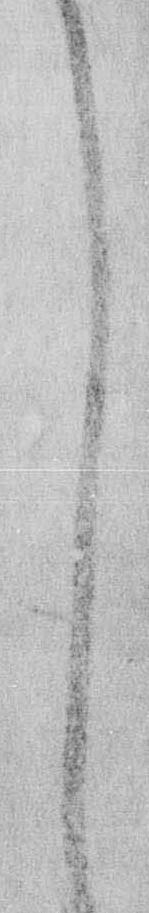
し